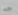
جدا